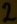
Text: 2